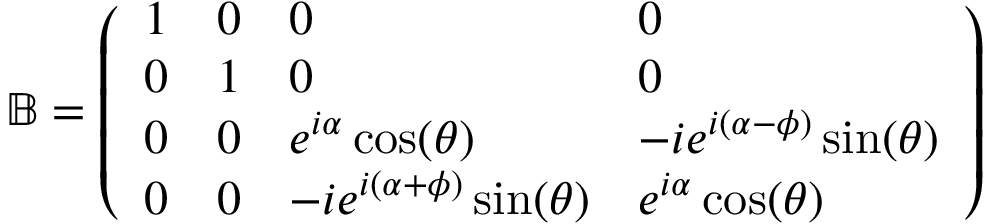
\mathbb { B } = \left( \begin{array} { l l l l } { 1 } & { 0 } & { 0 } & { 0 } \\ { 0 } & { 1 } & { 0 } & { 0 } \\ { 0 } & { 0 } & { e ^ { i \alpha } \cos ( \theta ) } & { - i e ^ { i ( \alpha - \phi ) } \sin ( \theta ) } \\ { 0 } & { 0 } & { - i e ^ { i ( \alpha + \phi ) } \sin ( \theta ) } & { e ^ { i \alpha } \cos ( \theta ) } \end{array} \right)